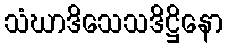
သံဃာဒိသေသဒိဋ္ဌိနော